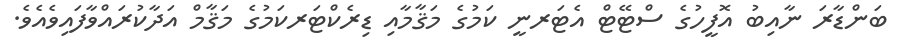
ބަންޑާރަ ނާއިބު އޮފީހުގެ ސްޓޭޓް އެޓަރނީ ކަމުގެ މަޤާމާއި ޑިރެކްޓަރކަމުގެ މަޤާމް އަދާކުރައްވާފައިވެއެވެ.